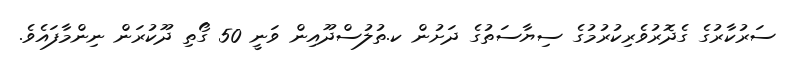
ސަރުކާރުގެ ގެދޮރުވެރިކުރުމުގެ ސިޔާސަތުގެ ދަށުން ކ.ތުލުސްދޫއިން ވަނީ 50 ގޯތި ދޫކުރަން ނިންމާފައެވެ.